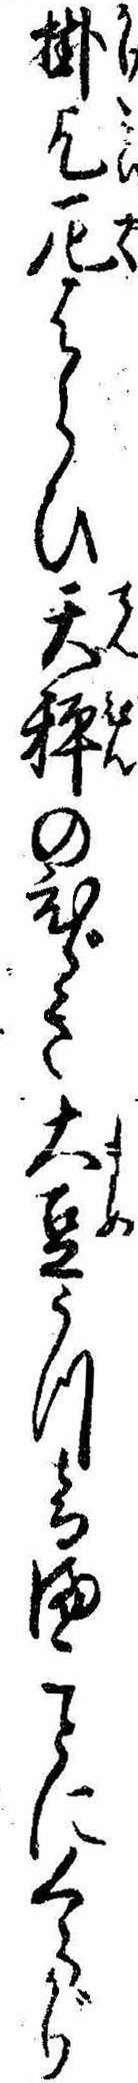
掛乞厄はらひ天秤のひゞき大豆うつ音まことにくらがり